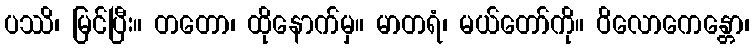
ပဿိ၊ မြင်ပြီး။ တတော၊ ထိုနောက်မှ။ မာတရံ၊ မယ်တော်ကို။ ဝိလောကေန္တော၊